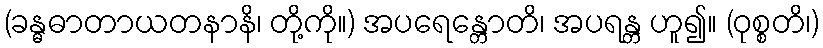
(ခန္ဓဓာတာယတနာနိ၊ တို့ကို။) အပရေန္တောတိ၊ အပရန္တ ဟူ၍။ (ဝုစ္စတိ၊)